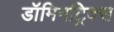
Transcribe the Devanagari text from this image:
डॉमिनट्रिक्स